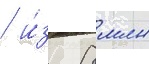
/ и́з 8 млн